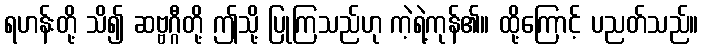
ရဟန်းတို့ သိ၍ ဆဗ္ဗဂ္ဂီတို့ ဤသို့ ပြုကြသည်ဟု ကဲ့ရဲ့ကုန်၏။ ထို့ကြောင့် ပညတ်သည်။